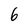
Character: 6